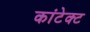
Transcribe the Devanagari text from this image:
कांटेक्‍ट